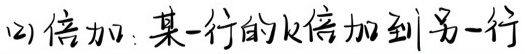
(2) 倍加：某一行的\(k\)倍加到另一行